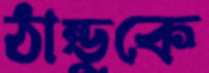
ঠান্ডুকে